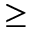
\geq